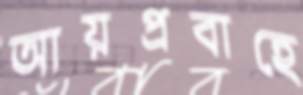
আয়প্রবাহে